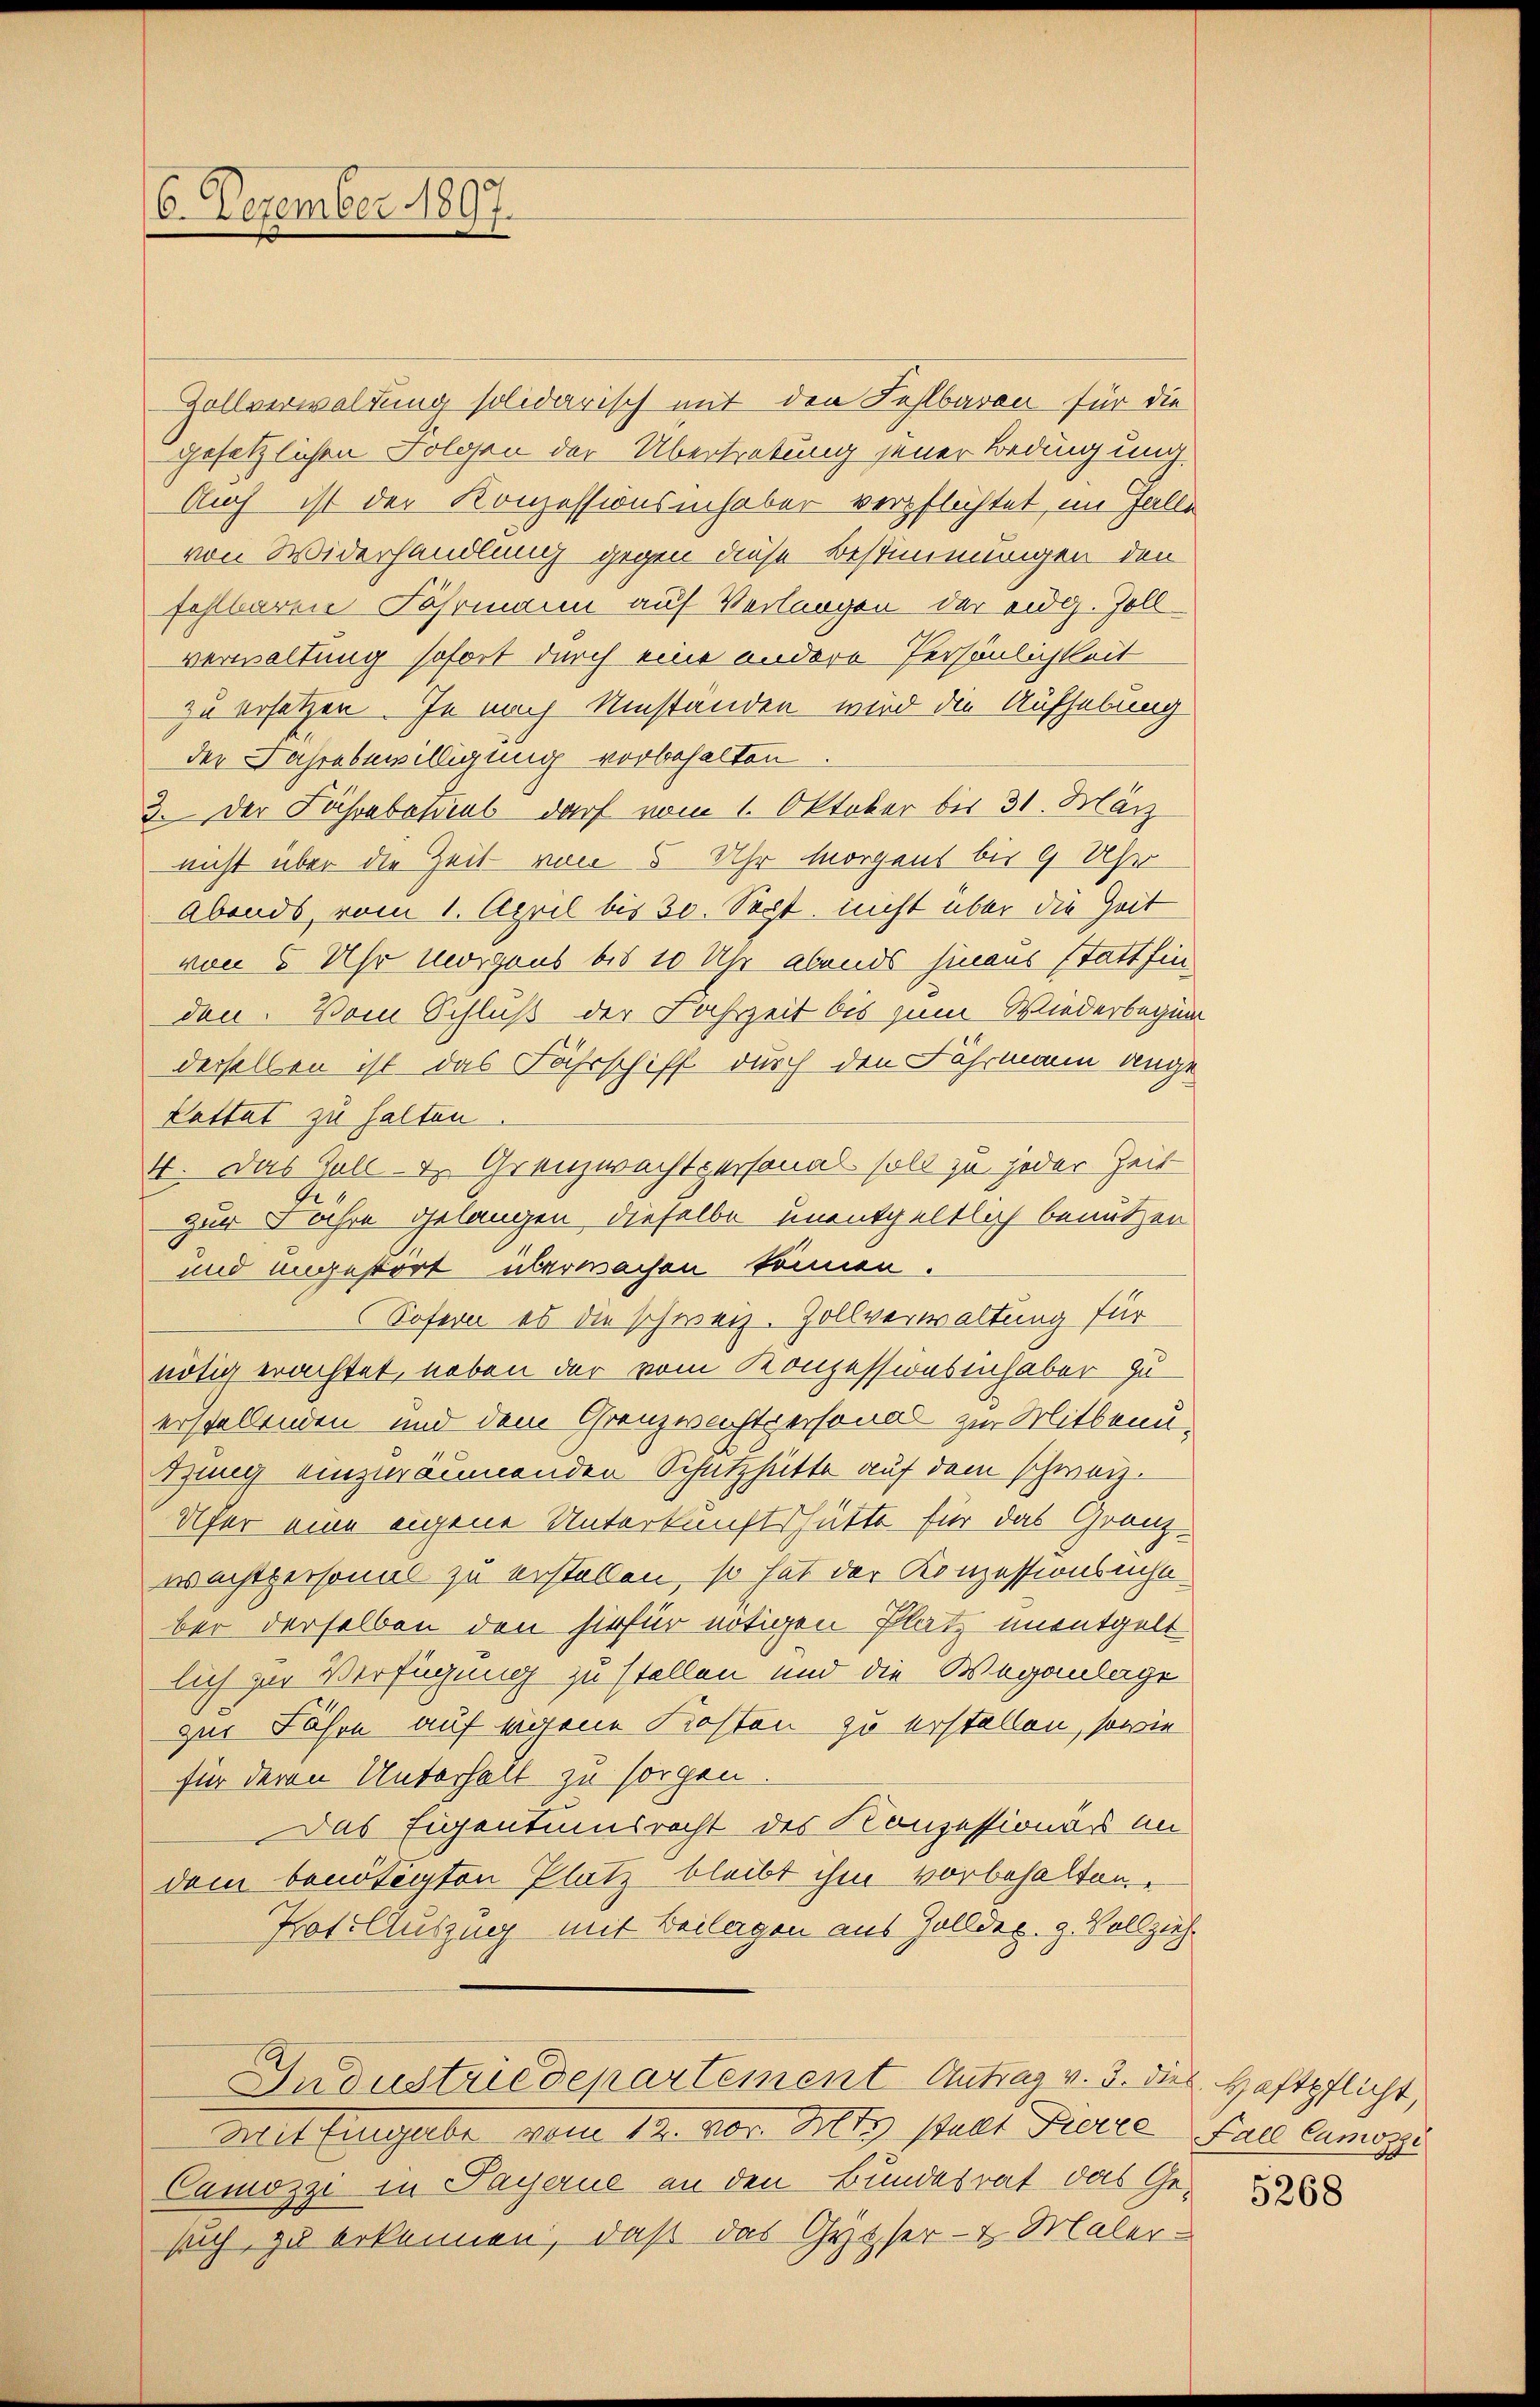
6. Dezember 1897.

Zollverwaldung solidarisch mit den Fehlbaren für die
gesetzlichen Folgen der Übertretung jener Bedingung.
Auch ist der Konzessionsinhaber verpflichtet im Falle
von Widerhandlung gegen diese Bestimmungen den
fehlbaren Fährmann auf Verlangen der eidg. Zollverwaltung sofort durch eine andere Persönlichkeit
zu ersetzen. Je nach Umständen wird die Aufhebung
der Jahre bewilligung vorbehalten
3. Der Fährabasial darf vom 1. Oktober bis 31. März
nicht über die Zeit von 5 Uhr Morgens bis 9 Uhr
Abends, vom 1. April bis 30. Sept. nicht über die Zeit
von 5 Uhr Morgens bis 10 Uhr abends hinaus statt finden. Vom Schluß der Fahrzeit bis zum Wiederbeginn
derselben ist das Fahrschiff durch den Fährmann ange
Pattat zu halten
4. Das Gull- u. Grenzwachtpersonal soll zu jeder Zeit
zur Jahre gelangen, dieselbe unentgeltlich benutzen
und ungestort überwachen können.
Sofern es die schweiz. Zollverwaltung für
nötig erachtet, neben der vom Konzessionsinhaber zu
erstellenden und dem Grenzwachtpersonal zur Mitbenutung einzuräumenden Schutzhütte auf dem schweiz.
oher eine eigene Unterkunftshütte für das Granz-
wachtpersonal zu erstellen, so hat der Konzessionschaber derselben den hiefür nötigen Platz unentgelt
lich zur Verfügung zu stellen und die Weganlage
zur Jahre auf eigene Kosten zu erstellen, sowie
für deren Unterhalt zu sorgen.
Das Eigentumsrecht des Konzessionas an
dem benötigten Platz bleibt ihm vorbehalten.
Prof. Auszug mit Beilagen aus Golldex. g. Vollzieh
Industriedepartement Antrag v. 3. dies Haftpflicht,
Met fingerbe vom 12. Xbr. Mts. statt Perce Fall lamoszi
Camozzi in Payerne an den Bundesrat das Gesich zu erkennen, daß das Gytser- & Maler-

5268